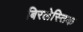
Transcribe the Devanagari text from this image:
बिरलेस्तिक